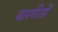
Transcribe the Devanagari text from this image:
बारगीतों